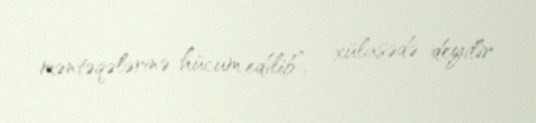
məntəqələrinə hücum edilib”, - xülasədə deyilir.